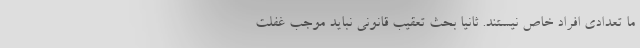
ما تعدادی افراد خاص نیستند. ثانیا بحث تعقیب قانونی نباید موجب غفلت